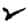
Digit: 2